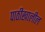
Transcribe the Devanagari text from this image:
पाठीखालील